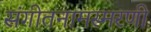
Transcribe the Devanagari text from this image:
संगीतनामस्मरणी